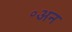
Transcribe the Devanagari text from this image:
॰अन